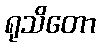
ရုသိတော